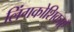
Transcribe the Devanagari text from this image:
लिंगकोशिकाएँ